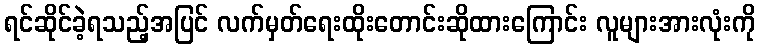
ရင်ဆိုင်ခဲ့ရသည့်အပြင် လက်မှတ်ရေးထိုးတောင်းဆိုထားကြောင်း လူများအားလုံးကို